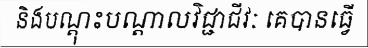
និងបណ្តុះបណ្តាលវិជ្ជាជីវៈ គេបានធ្វើ